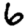
Digit: 6